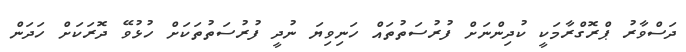
ދަސްވާރު ޕްރޮގްރާމަކީ ކުދިންނަށް ފުރުސަތުތައް ހަނިވިޔަ ނުދީ ފުރުސަތުތަކަށް ހުޅުވޭ ދޮރަކަށް ހަދަން